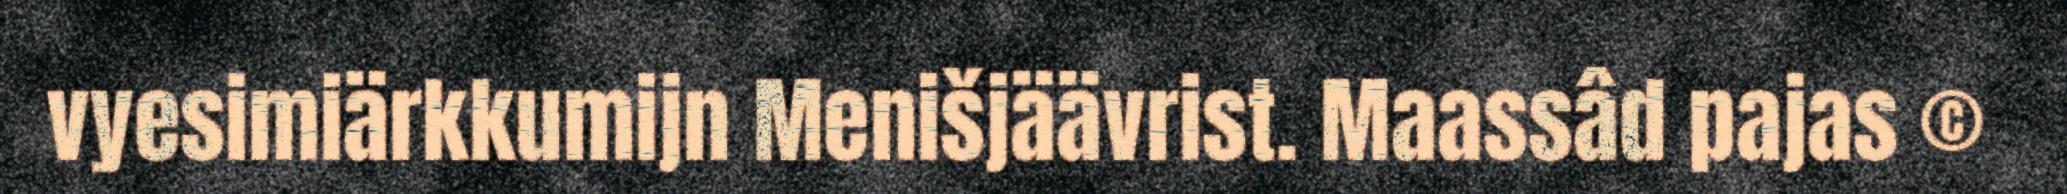
vyesimiärkkumijn Menišjäävrist. Maassâd pajas ©